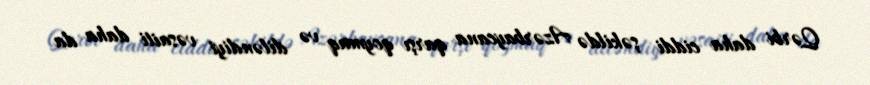
Qərbi daha ciddi şəkildə Azərbaycana qarşı qoymaq və diləndiyi vəsaiti daha da